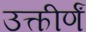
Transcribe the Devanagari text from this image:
उत्कीर्णं